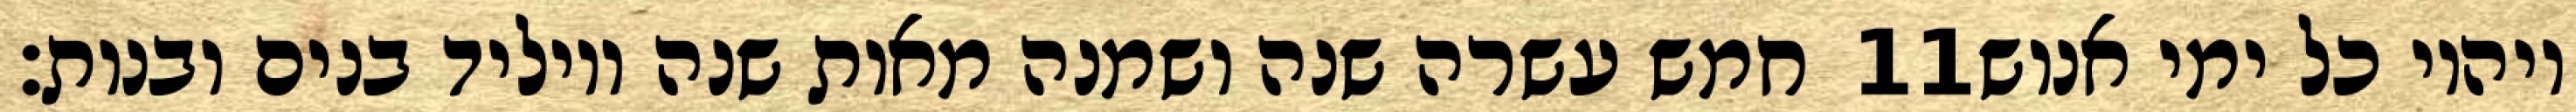
חמש עשרה שנה ושמנה מאות שנה ויוליד בנים ובנות׃ ‎11‏ ויהיו כל ימי אנוש